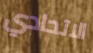
الاتحادي